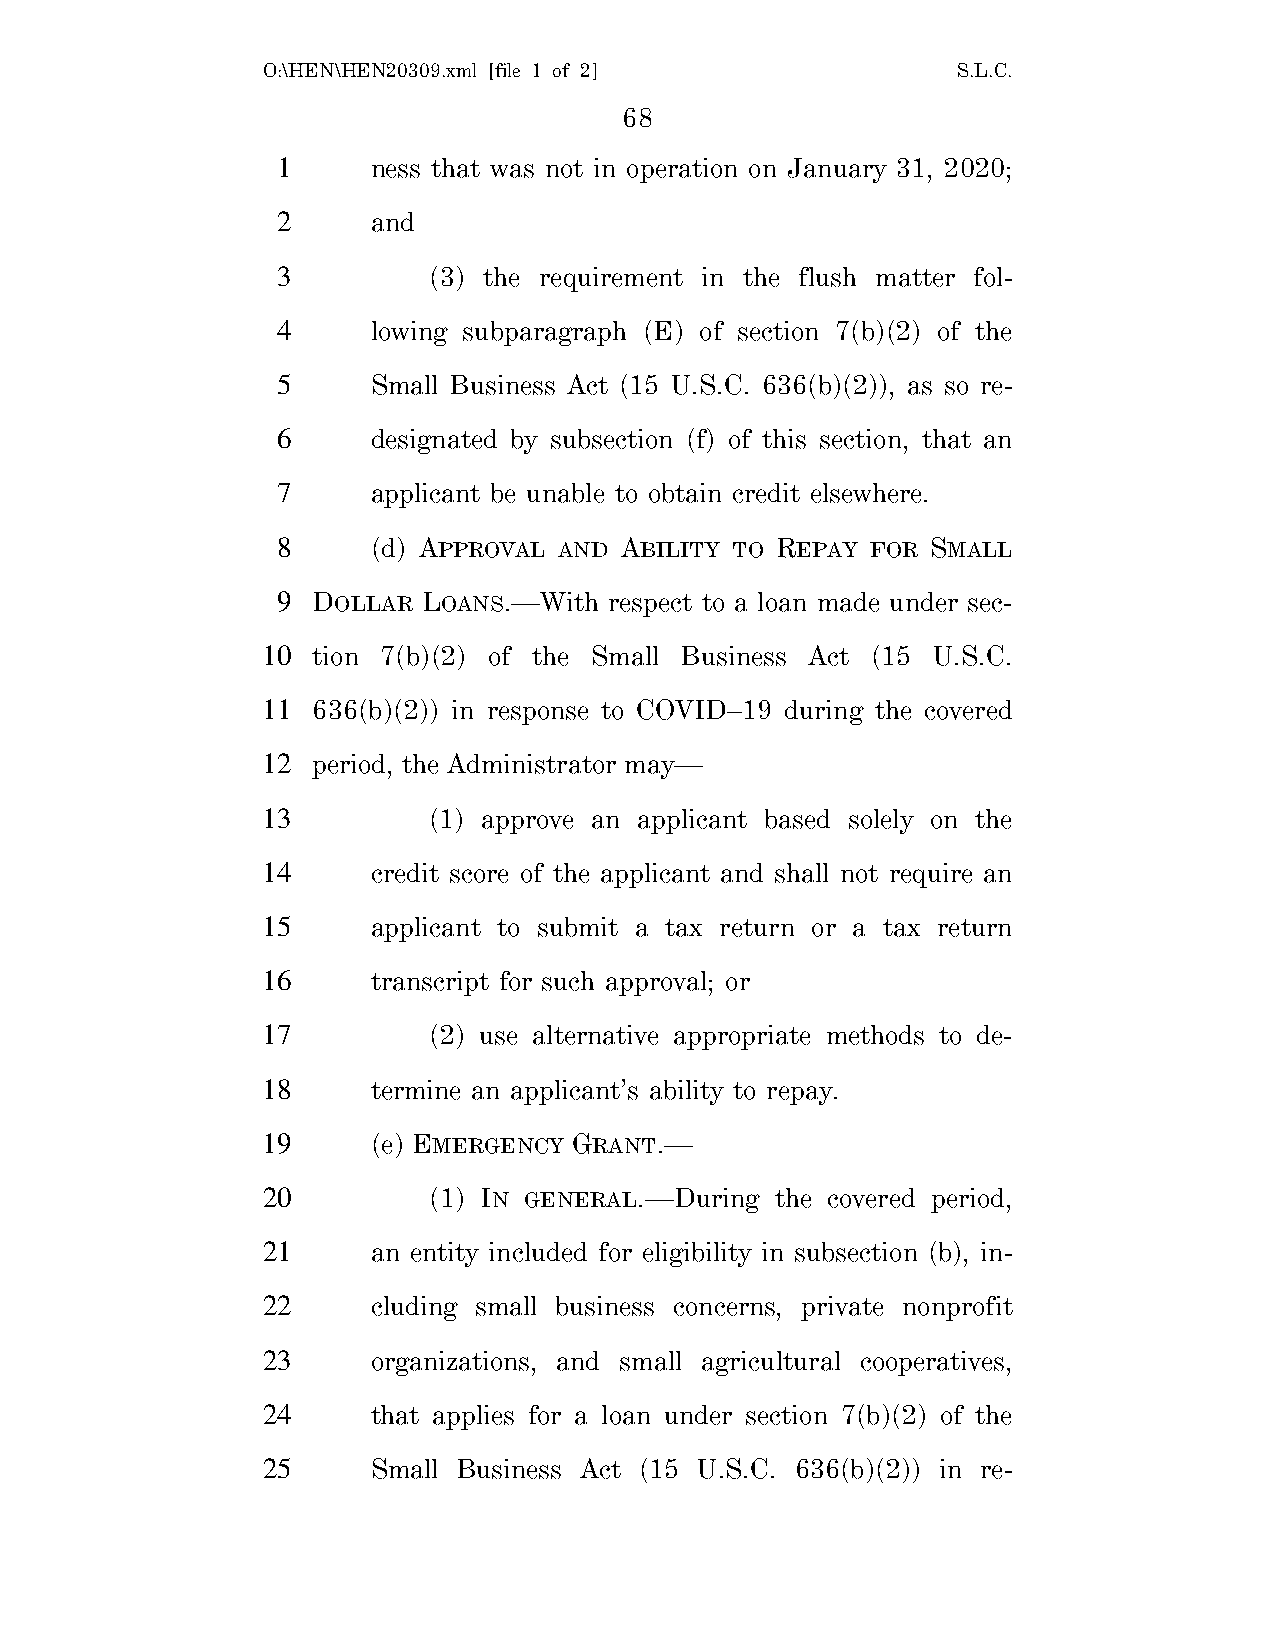
O:\HEN\HEN20309.xml [file 1 of 2]             S.L.C.
 68
 1      ness that was not in operation on January 31, 2020;
 2      and
 3         (3) the requirement in the flush matter fol-
 4      lowing subparagraph (E) of section 7(b)(2) of the
 5      Small Business Act (15 U.S.C. 636(b)(2)), as so re-
 6      designated by subsection (f) of this section, that an
 7      applicant be unable to obtain credit elsewhere.
 8      (d) APPROVAL AND ABILITY TO REPAY FOR SMALL
 9  DOLLAR LOANS.—With respect to a loan made under sec-
 10  tion 7(b)(2) of the Small Business Act (15 U.S.C.
 11  636(b)(2)) in response to COVID–19 during the covered
 12  period, the Administrator may—
 13         (1) approve an applicant based solely on the
 14      credit score of the applicant and shall not require an
 15      applicant to submit a tax return or a tax return
 16      transcript for such approval; or
 17         (2) use alternative appropriate methods to de-
 18      termine an applicant’s ability to repay.
 19      (e) EMERGENCY GRANT.—
 20         (1) IN GENERAL.—During the covered period,
 21      an entity included for eligibility in subsection (b), in-
 22      cluding small business concerns, private nonprofit
 23      organizations, and small agricultural cooperatives,
 24      that applies for a loan under section 7(b)(2) of the
 25      Small Business Act (15 U.S.C. 636(b)(2)) in re-